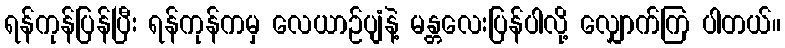
ရန်ကုန်ပြန်ပြီး ရန်ကုန်ကမှ လေယာဉ်ပျံနဲ့ မန္တလေးပြန်ပါလို့ လျှောက်ကြ ပါတယ်။